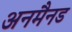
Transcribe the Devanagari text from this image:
अनमैनड